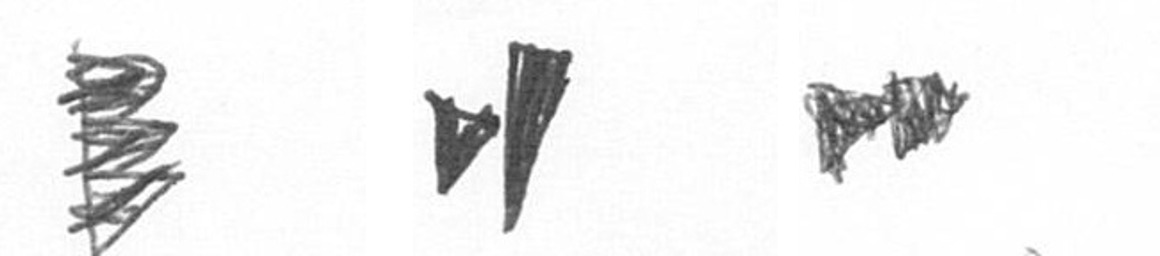
H M A